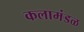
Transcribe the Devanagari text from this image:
कलामंडळ